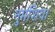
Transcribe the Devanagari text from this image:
नुमंशिया